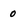
Character: 0